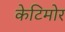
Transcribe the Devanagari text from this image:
केटिमोर